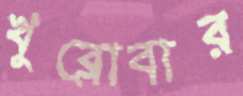
খুব্‌লোবার